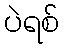
ပဲရစ်